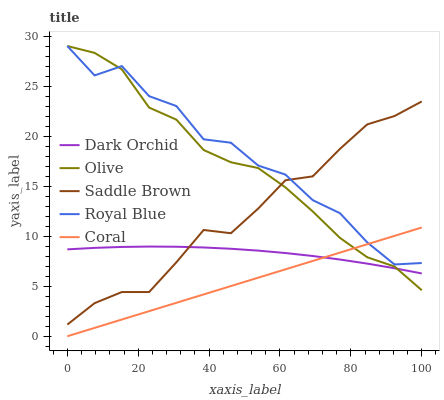
| xaxis_label | Dark Orchid | Olive | Saddle Brown | Royal Blue | Coral |
 | --- | --- | --- | --- | --- | --- |
 | 0 | 8.68 | 29 | 1.16 | 29 | 0 |
 | 7.69 | 8.83 | 28.3 | 3.31 | 26.1 | 0.836 |
 | 15.4 | 8.92 | 26.7 | 4.42 | 27 | 1.67 |
 | 23.1 | 8.96 | 22.8 | 4.42 | 24 | 2.51 |
 | 30.8 | 8.94 | 21.6 | 7.39 | 23 | 3.34 |
 | 38.5 | 8.87 | 18.6 | 10.6 | 19.7 | 4.18 |
 | 46.2 | 8.74 | 17.4 | 10.3 | 19.3 | 5.01 |
 | 53.8 | 8.56 | 16.8 | 12.8 | 17.1 | 5.85 |
 | 61.5 | 8.32 | 14.9 | 15.6 | 16.2 | 6.69 |
 | 69.2 | 8.02 | 12.5 | 16 | 13.6 | 7.52 |
 | 76.9 | 7.67 | 9.83 | 18.7 | 12.3 | 8.36 |
 | 84.6 | 7.26 | 7.89 | 21.2 | 9.38 | 9.19 |
 | 92.3 | 6.79 | 6.97 | 22 | 7.17 | 10 |
 | 100 | 6.27 | 4.6 | 23.5 | 7.32 | 10.9 |